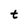
Character: t